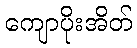
ကျောပိုးအိတ်